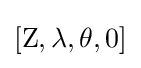
[\mathrm {Z} ,\lambda ,\theta ,0]